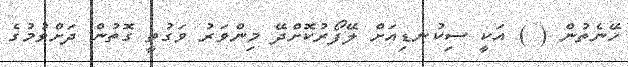
ހޭނެތުން ( ) އަކީ ސިކުނޑިއަށް ލޭފޯރުކޮށްދޭ މިންވަރު ވަގުތީ ގޮތުން ދަށްވުމުގެ